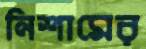
নিশামের